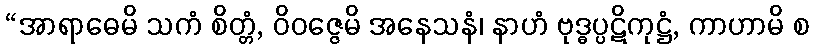
“အာရာဓေမိ သကံ စိတ္တံ, ဝိဝဇ္ဇေမိ အနေသနံ၊ နာဟံ ဗုဒ္ဓပ္ပဋိကုဋ္ဌံ, ကာဟာမိ စ